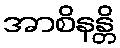
အာစိနန္တိ